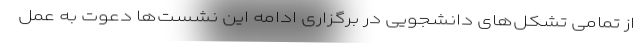
از تمامی تشکل‌های دانشجویی در برگزاری ادامه این نشست‌ها دعوت به عمل